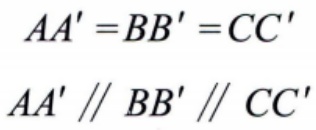
\(AA' = BB' = CC'\)

\(AA' \parallel BB' \parallel CC'\)